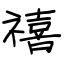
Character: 禧